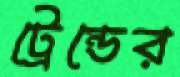
ট্রেন্ডের